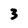
Character: 3